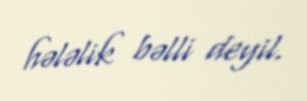
hələlik bəlli deyil.